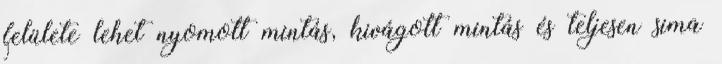
felülete lehet nyomott mintás, kivágott mintás és teljesen sima